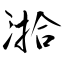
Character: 湁